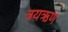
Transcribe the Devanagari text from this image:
त्रयऋण